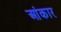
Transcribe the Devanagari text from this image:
आंकार